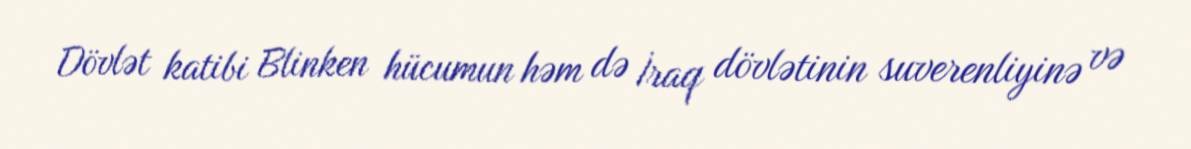
Dövlət katibi Blinken hücumun həm də İraq dövlətinin suverenliyinə və